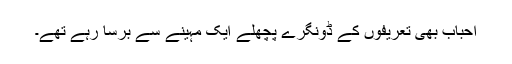
احباب بھی تعریفوں کے ڈونگرے پچھلے ایک مہینے سے برسا رہے تھے۔